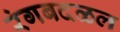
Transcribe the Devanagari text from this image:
रंगबदळल